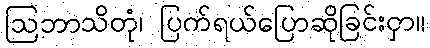
ဩဘာသိတုံ၊ ပြက်ရယ်ပြောဆိုခြင်းငှာ။